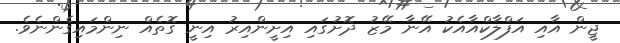
ޖީން އާއި އަފްލާކްއާއެކު އޭނާ މޭޒު ދޮށުގައި އިށީންއިރު އިނީ ގޮތެއް ނިންމައިގެންނެވެ.